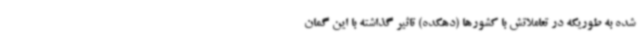
شده به طوریکه در تعاملاتش با کشورها (دهکده) تاثیر گذاشته با این گمان